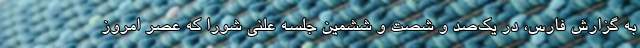
به گزارش فارس، در یک‌صد و شصت و ششمین جلسه علنی شورا که عصر امروز